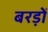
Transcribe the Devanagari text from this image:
बरड़ों